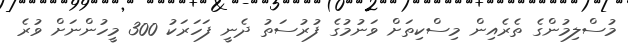
މުސްލިމުންގެ ތެރެއިން މިސްކިތަށް ވަނުމުގެ ފުރުސަތު ދެނީ ފަހަރަކު 300 މީހުންނަށް ވުރެ